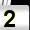
Digit: 2